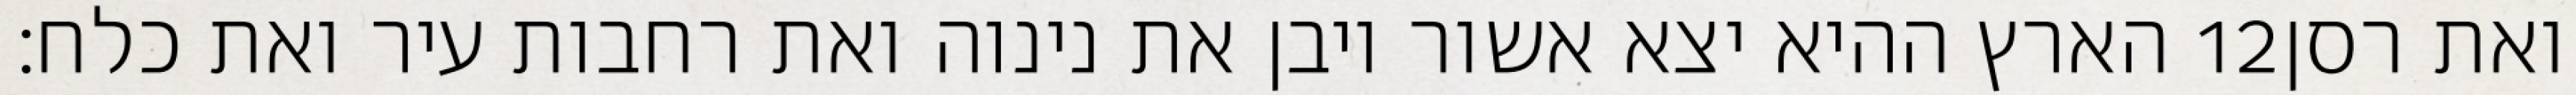
הארץ ההיא יצא אשור ויבן את נינוה ואת רחבות עיר ואת כלח׃ ‎12‏ ואת רסן